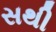
સથી